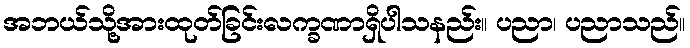
အဘယ်သို့အားထုတ်ခြင်းလက္ခဏာရှိပါသနည်း။ ပညာ၊ ပညာသည်။